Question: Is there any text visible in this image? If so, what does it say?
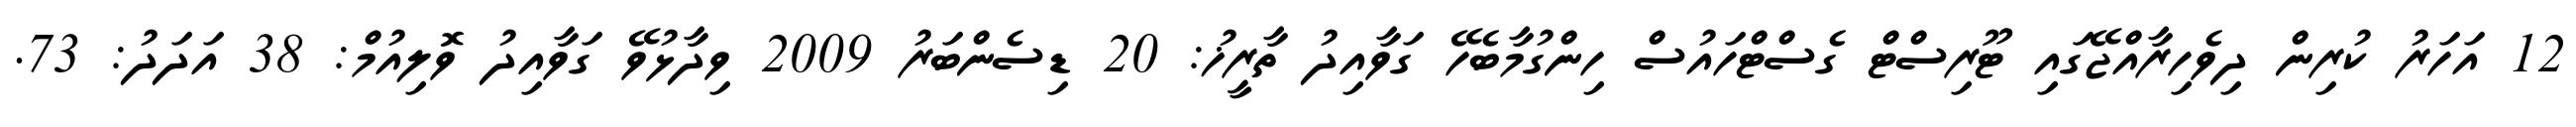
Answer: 12 އަހަރު ކުރިން ދިވެހިރާއްޖޭގައި ޓޫރިސްޓް ގެސްޓްހައުސް ހިންގުމާބެހޭ ގަވާއިދު ތާރީޚު: 20 ޑިސެންބަރު 2009 ވިދާޅުވޭ ގަވާއިދު ވޮލިއުމް: 38 އަދަދު: 73.